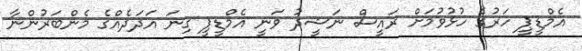
އެމްޑީޕީ ހަރުގެ ހުޅުވުމަށް ރައީސް ނަޝީދު ވަނީ އެމްޑީޕީ ގިނަ އަދަދެއްގެ މެންބަރުންނާ